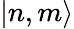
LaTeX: |n,m\rangle